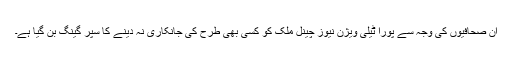
ان صحافیوں کی وجہ سے پورا ٹیلی ویژن نیوز چینل ملک کو کسی بھی طرح کی جانکاری نہ دینے کا سپر گینگ بن گیا ہے۔